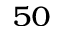
_ { 5 0 }